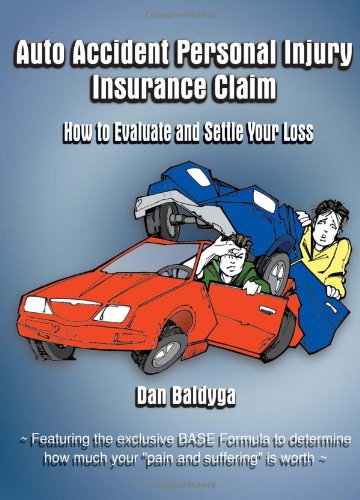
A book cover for Auto Accident Personal Injury Insurance Claim: (How To Evaluate and Settle Your Loss); Dan Baldyga; Business & Money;